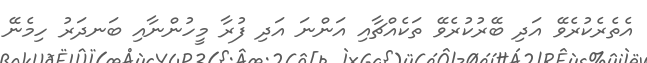
އެތެރެކުރެވޭ އަދި ބޭރުކުރެވޭ ތަކެއްޗާއި އަންނަ އަދި ފުރާ މީހުންނާއި ބަނދަރު ހިމެނޭ